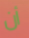
أن